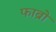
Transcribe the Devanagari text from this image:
फाब्रो